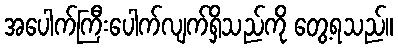
အပေါက်ကြီးပေါက်လျက်ရှိသည်ကို တွေ့ရသည်။